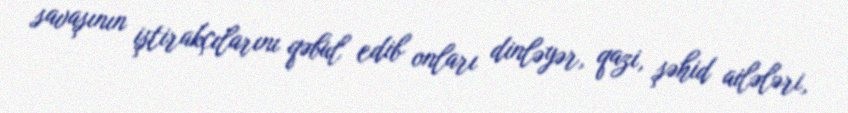
savaşının iştirakçılarını qəbul edib onları dinləyər, qazi, şəhid ailələri,